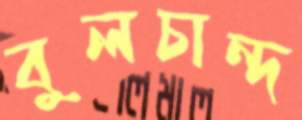
বুলচান্দ